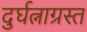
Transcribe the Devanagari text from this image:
दुर्घत्नाग्रस्त